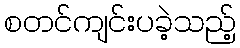
စတင်ကျင်းပခဲ့သည့်